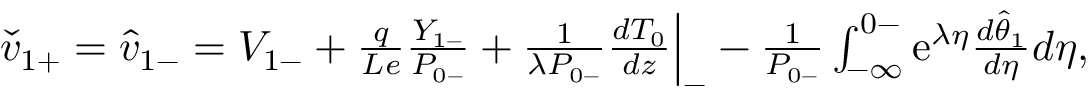
\begin{array} { r } { \check { v } _ { 1 + } = \hat { v } _ { 1 - } = V _ { 1 - } + \frac { q } { L e } \frac { Y _ { 1 - } } { P _ { 0 - } } + \frac { 1 } { \lambda P _ { 0 - } } \frac { d T _ { 0 } } { d z } \Big | _ { - } - \frac { 1 } { P _ { 0 - } } \int _ { - \infty } ^ { 0 - } \mathrm { e } ^ { \lambda \eta } \frac { d \hat { \theta } _ { 1 } } { d \eta } d \eta , } \end{array}